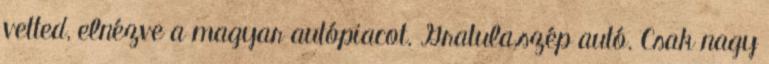
vetted, elnézve a magyar autópiacot. Gratula,szép autó. Csak nagy